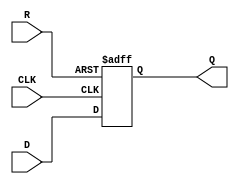
module neg_edge_d_flip_flop (
    input D,
    input CLK,
    input R,
    output reg Q
);

always @(negedge CLK or posedge R)
begin
    if(R)
        Q <= 1'b0; // Predefined reset state
    else
        Q <= D;
end

endmodule